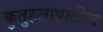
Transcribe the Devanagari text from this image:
कुतुहलापोटीच